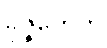
ခုဇ္ဇကေဟိ